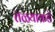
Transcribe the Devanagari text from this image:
तळ्याकडे